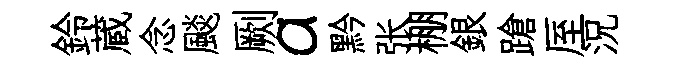
鈴蔵念颷劂a黔张棚銀蹌厔況